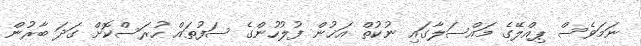
ނަމަވެސް ޕިއްލޭގެ މައްސަލާގައި ނުކުތް އަޚުން ފުލުހުންގެ ސަފުތައް ހުރަސްކޮށް ގަދަ ބާރުން